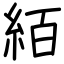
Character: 絔